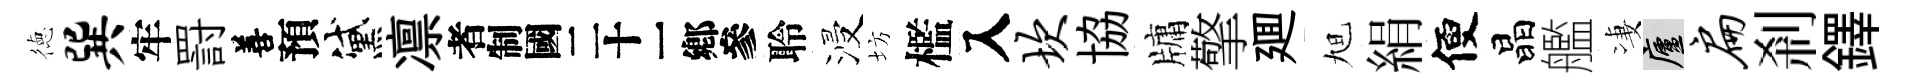
徳巽牢罸善預黛凛识聆浸坊檻入坎協牗擎廽旭絹便晶艦凄廬扁剎鐸